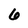
Character: 6